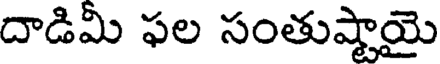
దాడిమీ ఫల సంతుష్టాయై